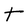
Character: t